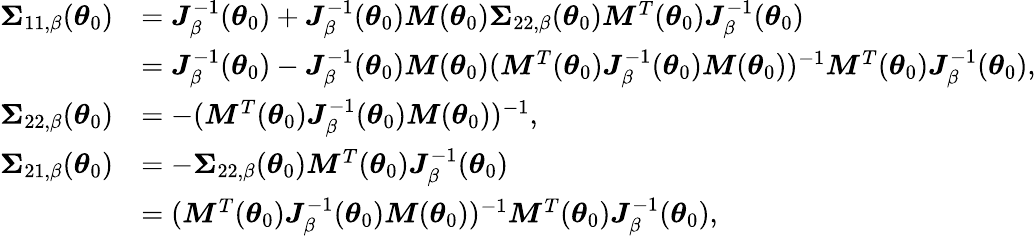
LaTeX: \begin{array}{rl}{\boldsymbol{\Sigma}_{11,\beta}(\boldsymbol{\theta}_{0})}&{=\boldsymbol{J}_{\beta}^{-1}(\boldsymbol{\theta}_{0})+\boldsymbol{J}_{\beta}^{-1}(\boldsymbol{\theta}_{0})\boldsymbol{M}(\boldsymbol{\theta}_{0})\boldsymbol{\Sigma}_{22,\beta}(\boldsymbol{\theta}_{0})\boldsymbol{M}^{T}(\boldsymbol{\theta}_{0})\boldsymbol{J}_{\beta}^{-1}(\boldsymbol{\theta}_{0})}\\ &{=\boldsymbol{J}_{\beta}^{-1}(\boldsymbol{\theta}_{0})-\boldsymbol{J}_{\beta}^{-1}(\boldsymbol{\theta}_{0})\boldsymbol{M}(\boldsymbol{\theta}_{0})(\boldsymbol{M}^{T}(\boldsymbol{\theta}_{0})\boldsymbol{J}_{\beta}^{-1}(\boldsymbol{\theta}_{0})\boldsymbol{M}(\boldsymbol{\theta}_{0}))^{-1}\boldsymbol{M}^{T}(\boldsymbol{\theta}_{0})\boldsymbol{J}_{\beta}^{-1}(\boldsymbol{\theta}_{0}),}\\ {\boldsymbol{\Sigma}_{22,\beta}(\boldsymbol{\theta}_{0})}&{=-(\boldsymbol{M}^{T}(\boldsymbol{\theta}_{0})\boldsymbol{J}_{\beta}^{-1}(\boldsymbol{\theta}_{0})\boldsymbol{M}(\boldsymbol{\theta}_{0}))^{-1},}\\ {\boldsymbol{\Sigma}_{21,\beta}(\boldsymbol{\theta}_{0})}&{=-\boldsymbol{\Sigma}_{22,\beta}(\boldsymbol{\theta}_{0})\boldsymbol{M}^{T}(\boldsymbol{\theta}_{0})\boldsymbol{J}_{\beta}^{-1}(\boldsymbol{\theta}_{0})}\\ &{=(\boldsymbol{M}^{T}(\boldsymbol{\theta}_{0})\boldsymbol{J}_{\beta}^{-1}(\boldsymbol{\theta}_{0})\boldsymbol{M}(\boldsymbol{\theta}_{0}))^{-1}\boldsymbol{M}^{T}(\boldsymbol{\theta}_{0})\boldsymbol{J}_{\beta}^{-1}(\boldsymbol{\theta}_{0}),}\end{array}